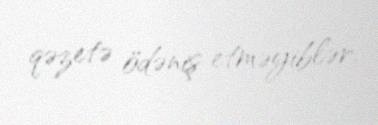
qəzetə ödəniş etməyiblər.